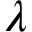
\boldsymbol { \lambda }